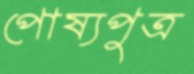
পোষ্যপুত্র